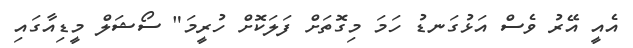
އެއީ އޭރު ވެސް އަޅުގަނޑު ހަމަ މިގޮތަށް ފަލަކޮށް ހުރީމަ" ސޯޝަލް މީޑިއާގައި